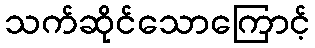
သက်ဆိုင်သောကြောင့်